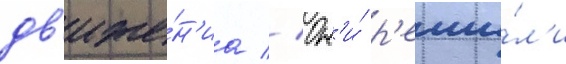
дв'иже́н'иа // Он'и́ р'еши́л'и